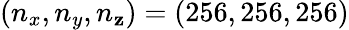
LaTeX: (n_{x},n_{y},n_{\mathbf{z}})=(256,256,256)